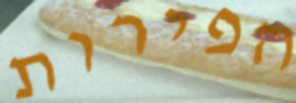
הפירות